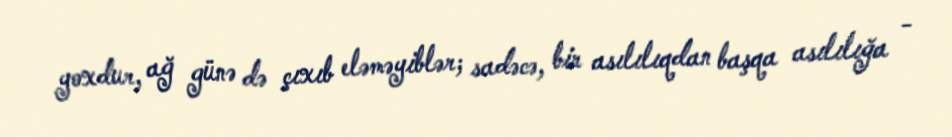
yoxdur, ağ günə də çıxıb eləməyiblər; sadəcə, bir asılılıqdan başqa asılılığa -